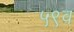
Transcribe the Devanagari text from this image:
५९व